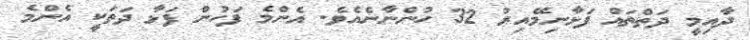
ދާއިމީ ދަތްތައް ފަޅާނިމޭއިރު 32 ހުންނާނެއެވެ. އެންމެ ފަހުން ފަޅާ ދަތަކީ އެންމެ